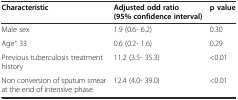
<table><thead><tr><td><b>Characteristic</b></td><td><b>Adjusted odd ratio (95% confidence interval)</b></td><td><b>p value</b></td></tr></thead><tbody><tr><td>Male sex</td><td>1.9 (0.6- 6.2)</td><td>0.30</td></tr><tr><td>Age˃ 33</td><td>0.6 (0.2- 1.6)</td><td>0.29</td></tr><tr><td>Previous tuberculosis treatment history</td><td>11.2 (3.5- 35.3)</td><td>&lt;0.01</td></tr><tr><td>Non conversion of sputum smear at the end of intensive phase</td><td>12.4 (4.0- 39.0)</td><td>&lt;0.01</td></tr></tbody></table>